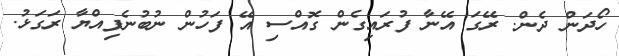
ހޯދަން ދެން. ރޭގަ އޭނާ ފުރައިގެން ގޮއްސި އޭ ފަހުން ނުބުނެފިއްޔާ ރަގަޅު.